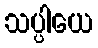
သပ္ပါယေ